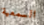
السمعية